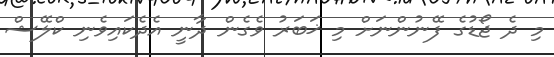
މި ދެ ޖޯޑުގެ ފޭނުންނަށް މި ޚަބަރު ވެގެން ދާނީ އެދެކައިވެނި ކްލޭޝް